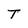
Character: T